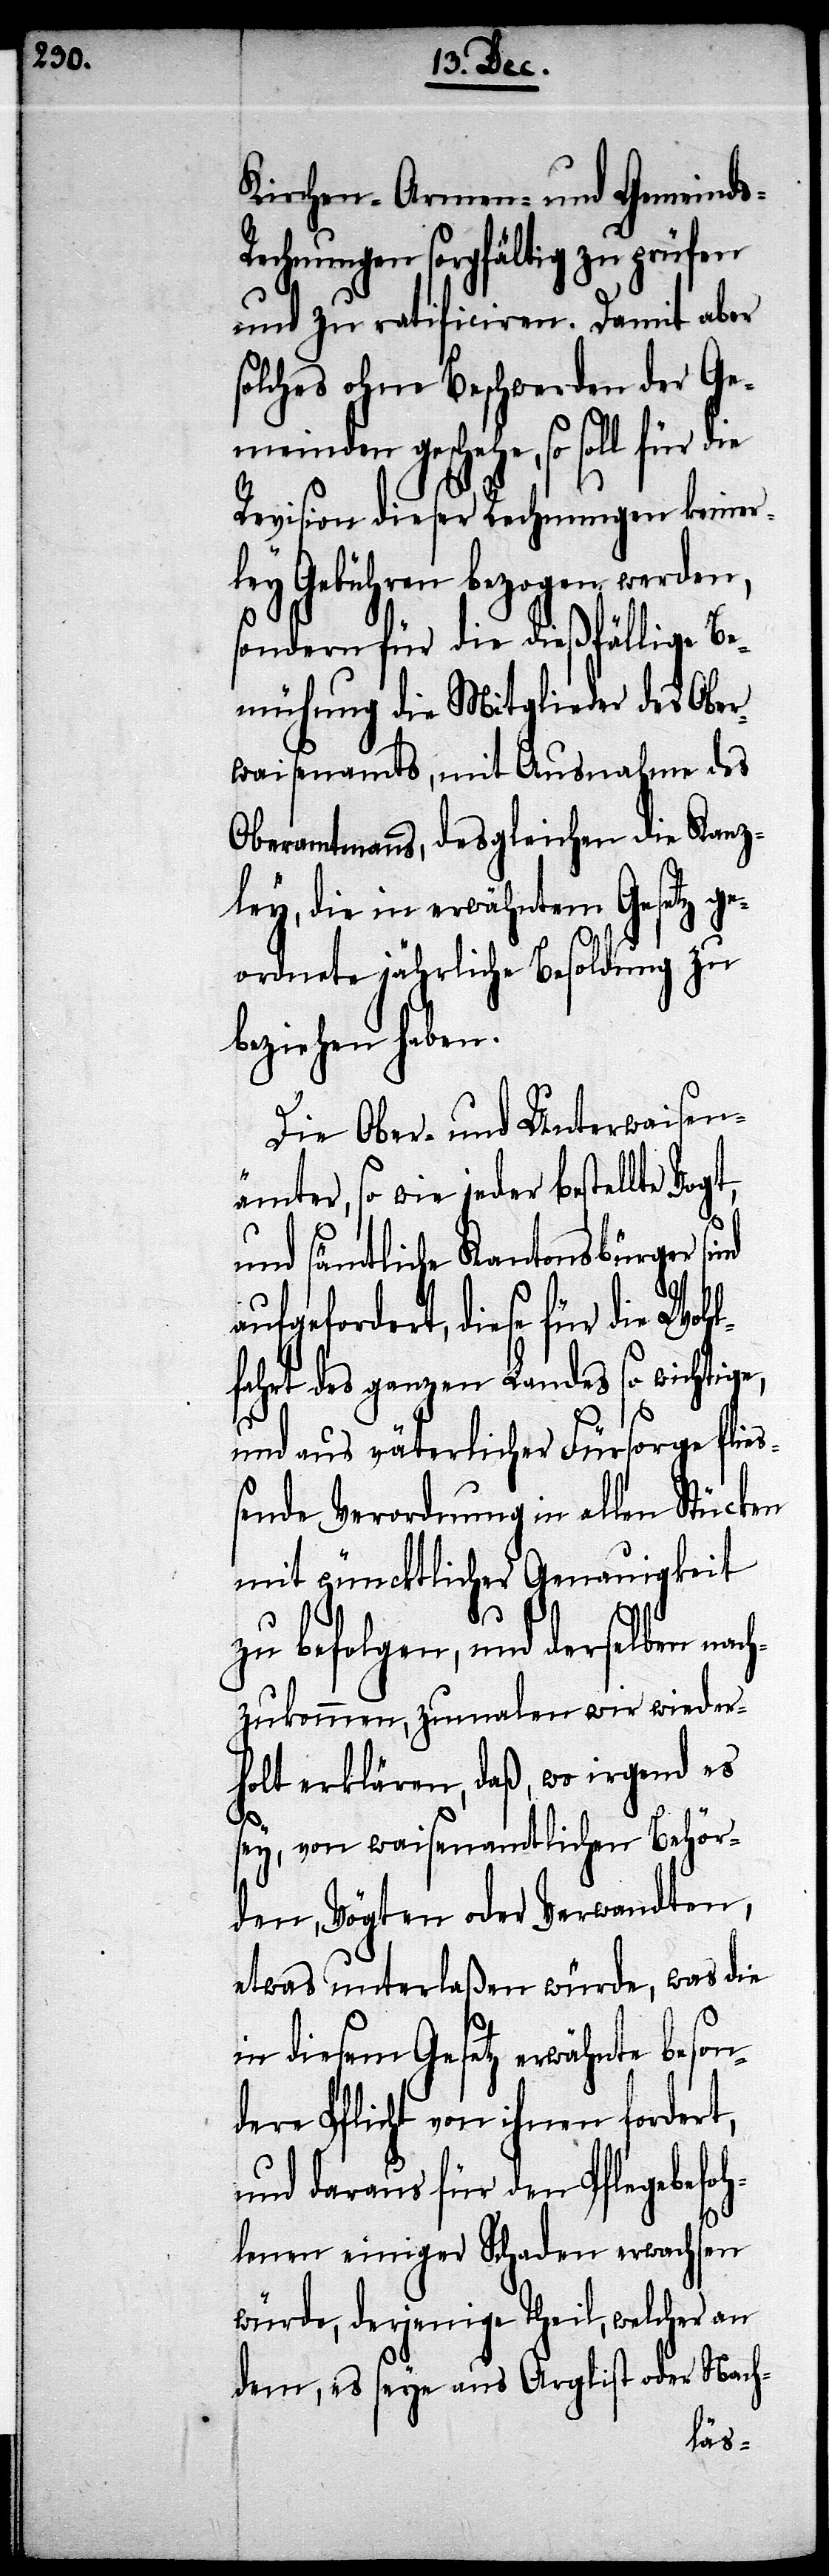
Kirchen- Armen und Gemeind¬
echnungen sorgfältig zu prüfen
und zu ratificiren. Damit aber
solches ohne Beschwerden der Ge¬
meinden geschehe, so soll für
Revision dieser Rechnungen keiner¬
ley Gebühren bezogen werden,
sondern für die dießfällige Be¬
mühung die Mitglieder des Ober¬
waisenamts, mit Ausnahme des
Oberamtmanns, desgleichen die Kanz¬
ley, die in erwähntem Gesetz ge¬
ordnete jährliche Besoldung zu
beziehen haben.
Die Ober- und Unterwaisen¬
ämter, so wie jeder bestellte Vogt,
und sämtliche Kantonsbürger
gefordert, diese für die Wohl¬
fahrt des ganzen Landes so wichtige,
und aus väterlicher Fürsorge flie¬
ßende Verordnung in allen Stücken
mit püncktlicher Genauigkeit
zu befolgen, und derselben na¬
chzukommen, zumalen wir wieder¬
holt erklären, daß, wo irgend es
sey, von waisenamtlichen Behör¬
den, Vögten oder Verwandten,
etwas unterlaßen würde, was die
in diesem Gesetz erwähnte beson¬
dere Pflicht von ihnen fordert,
und daraus für den Pflegebefo¬
hlenen einiger Schaden erwachsen
würde, derjenige Theil, welcher an
dem, es seye aus Arglist oder Nach-
auf¬